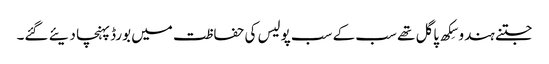
جتنے ہندو سِکھ پاگل تھے سب کے سب پولیس کی حفاظت میں بورڈ پہنچا دیئے گئے۔